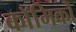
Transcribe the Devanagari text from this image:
काॅमिकों